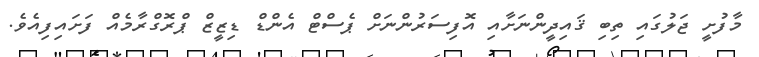
މާފުށީ ޖަލުގައި ތިބި ޤައިދީންނަށާއި އޮފިސަރުންނަށް ޕެސްޓް އެންޑް ޑިޒީޒް ޕްރޮގްރާމެއް ފަށައިފިއެވެ.